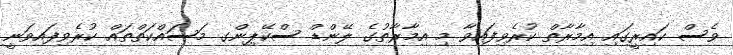
ވެސް ކައިރީގައި އިމާރާތް ކުރެވިފައިވާ މި އިމާރާތުގެ ލޭންޑް ސްކޭޕިންގ މަސައްކަތްތައް ކުރެވިފައިވަނީ